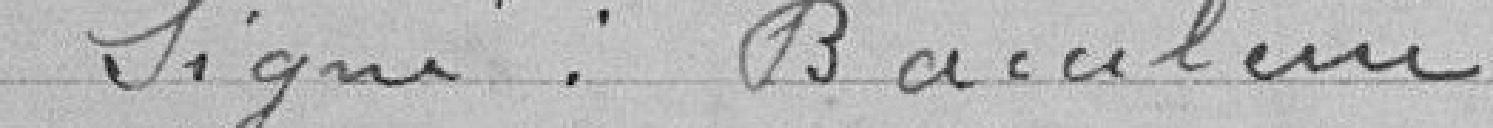
Signé : BACULERIE